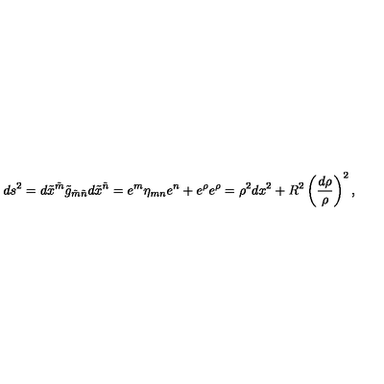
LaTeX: d s ^ { 2 } = d \tilde { x } ^ { \tilde { m } } \tilde { g } _ { \tilde { m } \tilde { n } } d \tilde { x } ^ { \tilde { n } } = e ^ { m } \eta _ { m n } e ^ { n } + e ^ { \rho } e ^ { \rho } = \rho ^ { 2 } d x ^ { 2 } + R ^ { 2 } \left( \frac { d \rho } \rho \right) ^ { 2 } ,